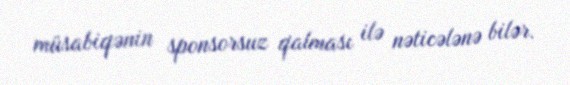
müsabiqənin sponsorsuz qalması ilə nəticələnə bilər.